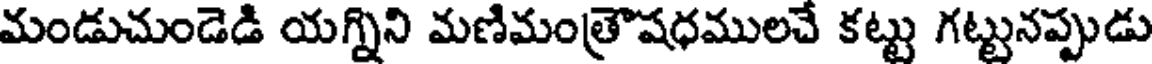
మండుచుండెడి యగ్నిని మణిమంత్రౌషధములచే కట్టు గట్టునప్పుడు